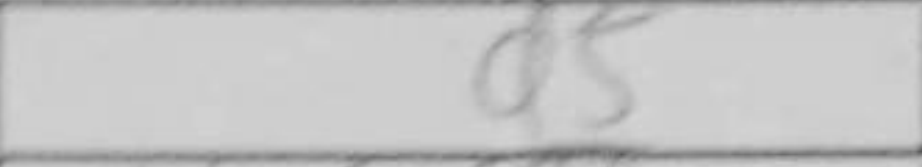
Transcription: d5